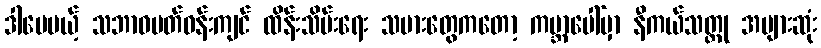
ဒါပေမယ့် သဘာဝပတ်ဝန်းကျင် ထိန်းသိမ်းရေး သမားတွေကတော့ ကမ္ဘာပေါ်မှာ နီကယ်သတ္တု အများဆုံး